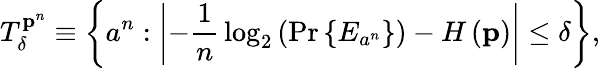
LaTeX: T_{\delta}^{\mathbf{p}^{n}}\equiv\left\{ a^{n}:\left\vert-{\frac{1}{n}}\log_{2}\left(\operatorname*{Pr}\left\{ E_{a^{n}}\right\} \right)-H\left(\mathbf{p}\right)\right\vert\leq\delta\right\} ,